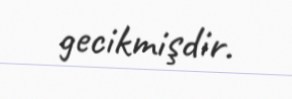
gecikmişdir.